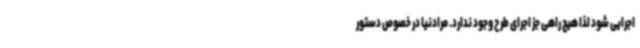
اجرایی شود لذا هیچ راهی جز اجرای طرح وجود ندارد. مرادنیا در خصوص دستور